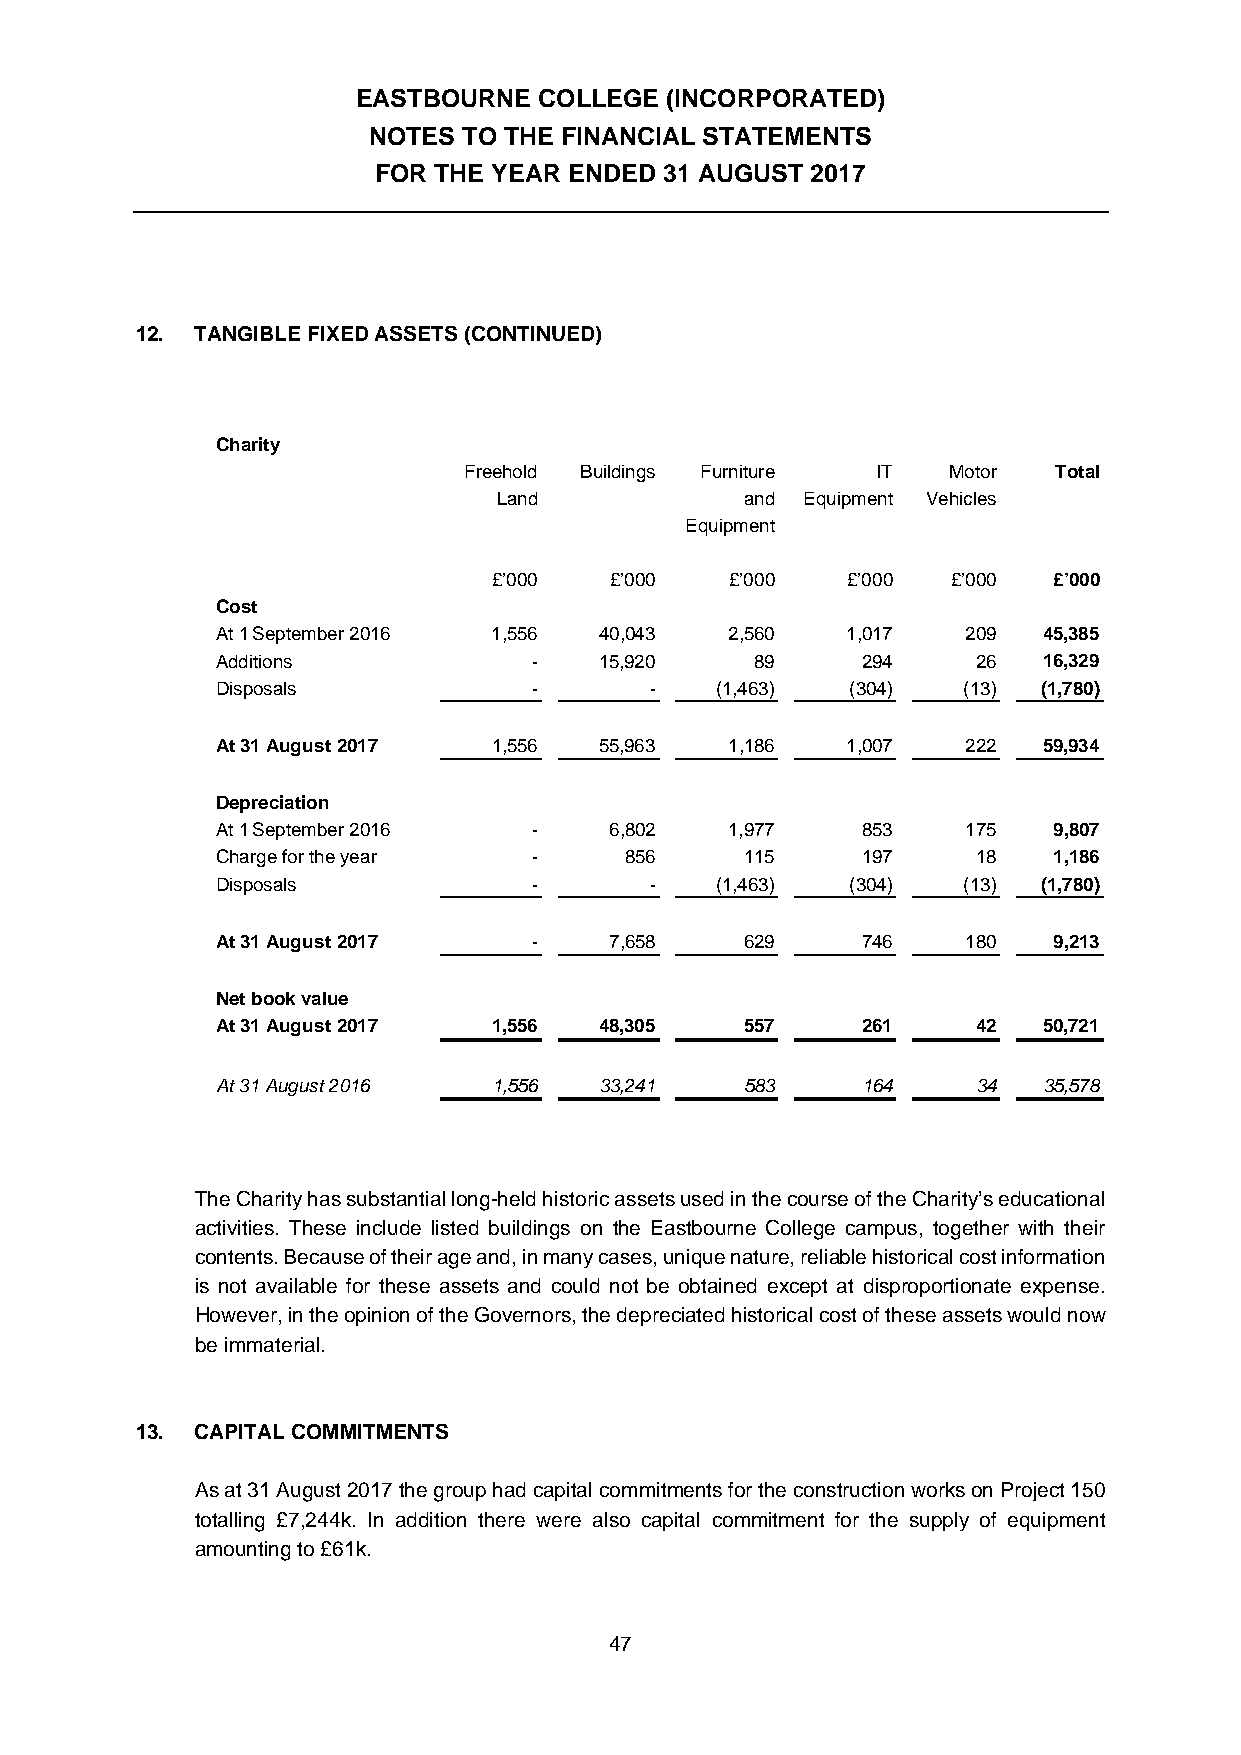
EASTBOURNE  COLLEGE (INCORPORATED)
 NOTES  TO THE FINANCIAL STATEMENTS
 FOR THE YEAR ENDED 31 AUGUST 2017
 12. TANGIBLE FIXED ASSETS (CONTINUED)
 Charity
 Freehold Buildings Furniture IT Motor  Total
 Land            and Equipment Vehicles
 Equipment
 £’000  £’000   £’000   £’000  £’000  £’000
 Cost
 At 1 September 2016 1,556 40,043  2,560   1,017   209  45,385
 Additions            -    15,920    89     294     26  16,329
 Disposals            -       -   (1,463)  (304)   (13) (1,780)
 At 31 August 2017  1,556  55,963  1,186   1,007   222  59,934
 Depreciation
 At 1 September 2016  -    6,802   1,977    853    175   9,807
 Charge for the year  -     856     115     197     18   1,186
 Disposals            -       -   (1,463)  (304)   (13) (1,780)
 At 31 August 2017    -    7,658    629     746    180   9,213
 Net book value
 At 31 August 2017  1,556  48,305   557     261     42  50,721
 At 31 August 2016  1,556  33,241   583     164     34  35,578
 The Charity has substantial long-held historic assets used in the course of the Charity’s educational
 activities. These include listed buildings on the Eastbourne College campus, together with their
 contents. Because of their age and, in many cases, unique nature, reliable historical cost information
 is not available for these assets and could not be obtained except at disproportionate expense.
 However, in the opinion of the Governors, the depreciated historical cost of these assets would now
 be immaterial.
 13. CAPITAL COMMITMENTS
 As at 31 August 2017 the group had capital commitments for the construction works on Project 150
 totalling £7,244k. In addition there were also capital commitment for the supply of equipment
 amounting to £61k.
 47